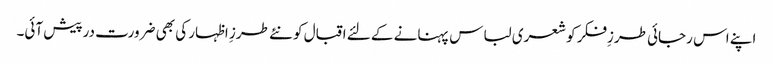
اپنے اس رجائی طرزِفکر کو شعری لباس پہنانے کے لئے اقبال کو نئے طرزِ اظہار کی بھی ضرورت درپیش آئی۔